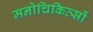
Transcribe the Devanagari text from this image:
मनोचिकित्सों